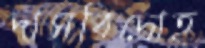
দাসবিদ্রোহ